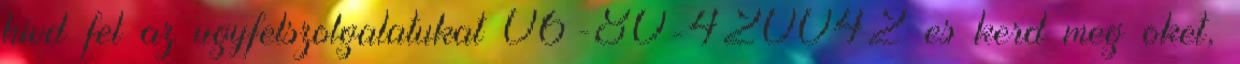
hivd fel az ugyfelszolgalatukat 06-80-420042 es kerd meg oket,